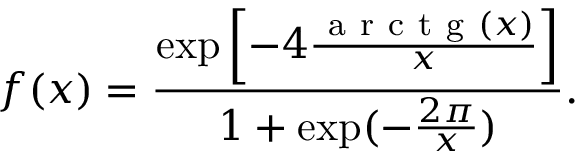
f ( x ) = \frac { \exp \left[ - 4 \frac { \mathrm { ~ a ~ r ~ c ~ t ~ g ~ } ( x ) } { x } \right] } { 1 + \exp ( - \frac { 2 \pi } { x } ) } .